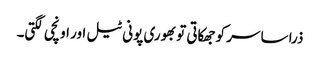
ذرا سا سر کو جھکاتی تو بھوری پونی ٹیل اور اونچی لگتی۔